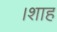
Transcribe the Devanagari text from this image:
।शाह